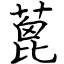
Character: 蓖